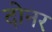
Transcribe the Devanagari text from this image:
दोनर